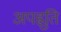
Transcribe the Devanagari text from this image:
अपह्नुति